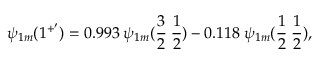
\psi _ { 1 m } ( 1 ^ { + ^ { \prime } } ) = 0 . 9 9 3 \: \psi _ { 1 m } ( \frac { 3 } { 2 } \: \frac { 1 } { 2 } ) - 0 . 1 1 8 \: \psi _ { 1 m } ( \frac { 1 } { 2 } \: \frac { 1 } { 2 } ) ,